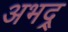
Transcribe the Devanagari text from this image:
अभद्र्